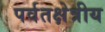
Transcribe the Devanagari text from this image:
पर्वतक्षेत्रीय